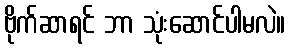
ဗိုက်ဆာရင် ဘာ သုံးဆောင်ပါမလဲ။